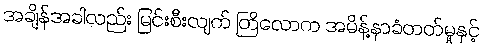
အချိန်အခါလည်း မြင်းစီးလျက် တြိလောက အမိန့်နာခံတတ်မှုနှင့်